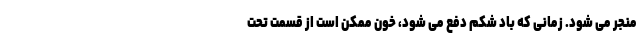
منجر می شود. زمانی که باد شکم دفع می شود، خون ممکن است از قسمت تحت